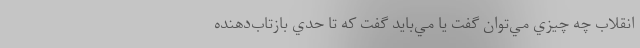
انقلاب چه چيزي مي‌توان گفت يا مي‌بايد گفت كه تا حدي بازتاب‌دهنده